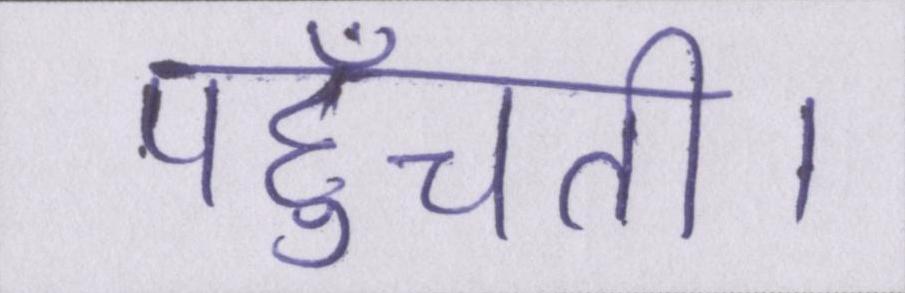
पहुँचती।